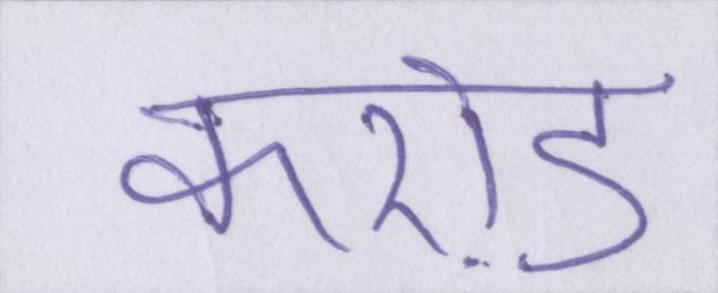
करो़ड